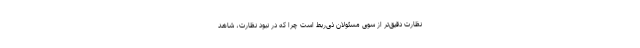
نظارت دقیق‌تر از سوی مسئولان ذی‌ربط است چرا که در نبود نظارت، شاهد